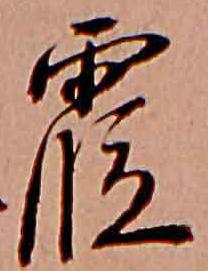
霞